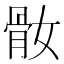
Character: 𩨚